Indian journal of veterinary science and animal husbandry - Volumes 24-25, 1954-1955
Year: 1954
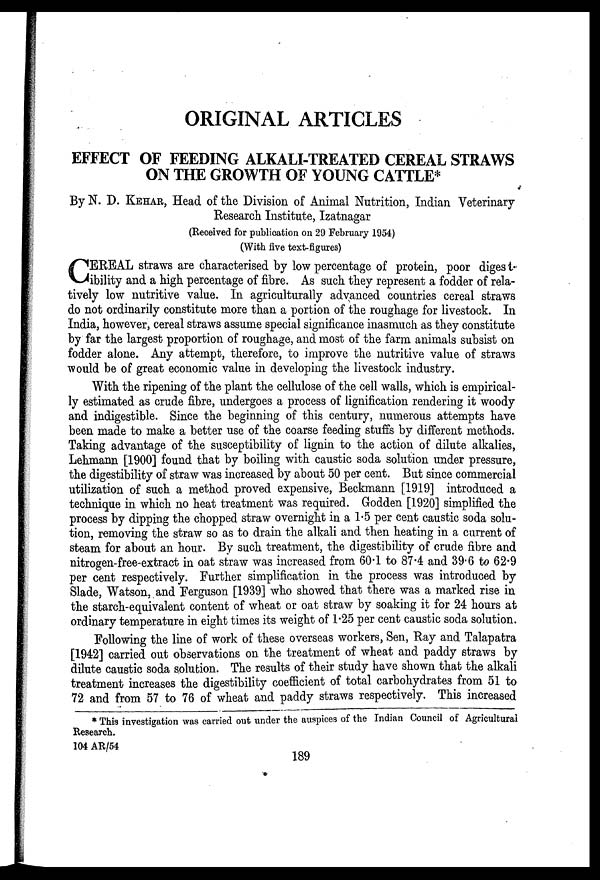
ORIGINAL ARTICLES
EFFECT OF FEEDING ALKALI-TREATED CEREAL STRAWS
ON THE GROWTH OF YOUNG CATTLE*
By N. D. KEHAR, Head of the Division of Animal Nutrition, Indian Veterinary
Research Institute, Izatnagar
(Received for publication on 29 February 1954)
(With five text-figures)
C EREAL straws are characterised by low percentage of protein, poor digest-
ibility and a high percentage of fibre. As such they represent a fodder of rela-
tively low nutritive value. In agriculturally advanced countries cereal straws
do not ordinarily constitute more than a portion of the roughage for livestock. In
India, however, cereal straws assume special significance inasmuch as they constitute
by far the largest proportion of roughage, and most of the farm animals subsist on
fodder alone. Any attempt, therefore, to improve the nutritive value of straws
would be of great economic value in developing the livestock industry.
With the ripening of the plant the cellulose of the cell walls, which is empirical-
ly estimated as crude fibre, undergoes a process of lignification rendering it woody
and indigestible. Since the beginning of this century, numerous attempts have
been made to make a better use of the coarse feeding stuffs by different methods.
Taking advantage of the susceptibility of lignin to the action of dilute alkalies,
Lehmann [1900] found that by boiling with caustic soda solution under pressure,
the digestibility of straw was increased by about 50 per cent. But since commercial
utilization of such a method proved expensive, Beckmann [1919] introduced a
technique in which no heat treatment was required. Godden [1920] simplified the
process by dipping the chopped straw overnight in a 1.5 per cent caustic soda solu-
tion, removing the straw so as to drain the alkali and then heating in a current of
steam for about an hour. By such treatment, the digestibility of crude fibre and
nitrogen-free-extract in oat straw was increased from 60.1 to 87.4 and 39.6 to 62.9
per cent respectively. Further simplification in the process was introduced by
Slade, Watson, and Ferguson [1939] who showed that there was a marked rise in
the starch-equivalent content of wheat or oat straw by soaking it for 24 hours at
ordinary temperature in eight times its weight of 1.25 per cent caustic soda solution.
Following the line of work of these overseas workers, Sen, Ray and Talapatra
[1942] carried out observations on the treatment of wheat and paddy straws by
dilute caustic soda solution. The results of their study have shown that the alkali
treatment increases the digestibility coefficient of total carbohydrates from 51 to
72 and from 57 to 76 of wheat and paddy straws respectively. This increased
* This investigation was carried out under the auspices of the Indian Council of Agricultural
Research.
104 AR/54
189